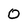
Character: 0